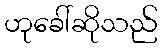
ဟုခေါ်ဆိုသည်